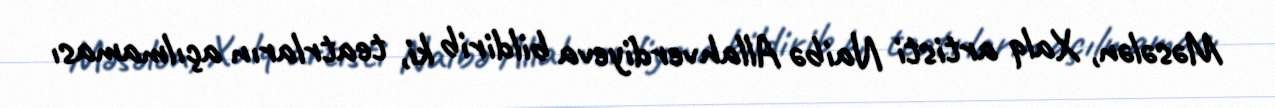
Məsələn, Xalq artisti Naibə Allahverdiyeva bildirib ki, teatrların açılmaması